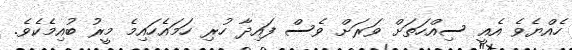
ހެއްޔެވެ އެއީ ސިއްހަތަށް ވަރަށް ވެސް ފައިދާ ހުރި ހަމައެހައިމެ މީރު ބުއިމެކެވެ.